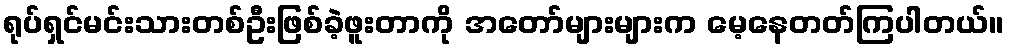
ရုပ်ရှင်မင်းသားတစ်ဦးဖြစ်ခဲ့ဖူးတာကို အတော်များများက မေ့နေတတ်ကြပါတယ်။